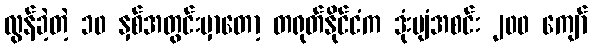
လွန်ခဲ့တဲ့ ၁၀ နှစ်အတွင်းမှာတော့ တရုတ်နိုင်ငံက ဒုံးပျံအစင်း ၂၀၀ ကျော်